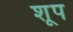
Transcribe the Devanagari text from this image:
शूप